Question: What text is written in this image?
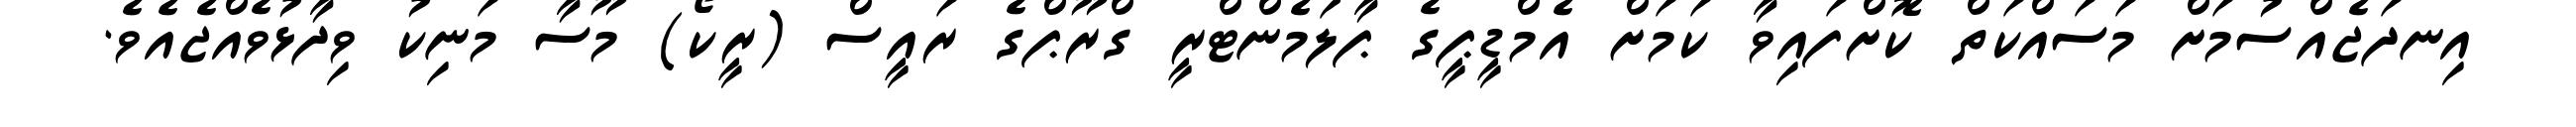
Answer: އިނދަޖެއްސުމަށް މަސައްކަތް ކޮށްފައިވާ ކަމަށް އެމްޑީޕީގެ ޕާލަމެންޓްރީ ގްރޫޕްގެ ރައީސް (ރީކޯ) މޫސާ މަނިކު ވިދާޅުވެއްޖެއެވެ.